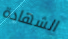
الشهادة